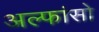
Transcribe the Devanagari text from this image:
अल्फांसो